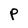
Character: P